Annual administration report of the Civil Veterinary Department of India - 1904-1905
Year: 1904
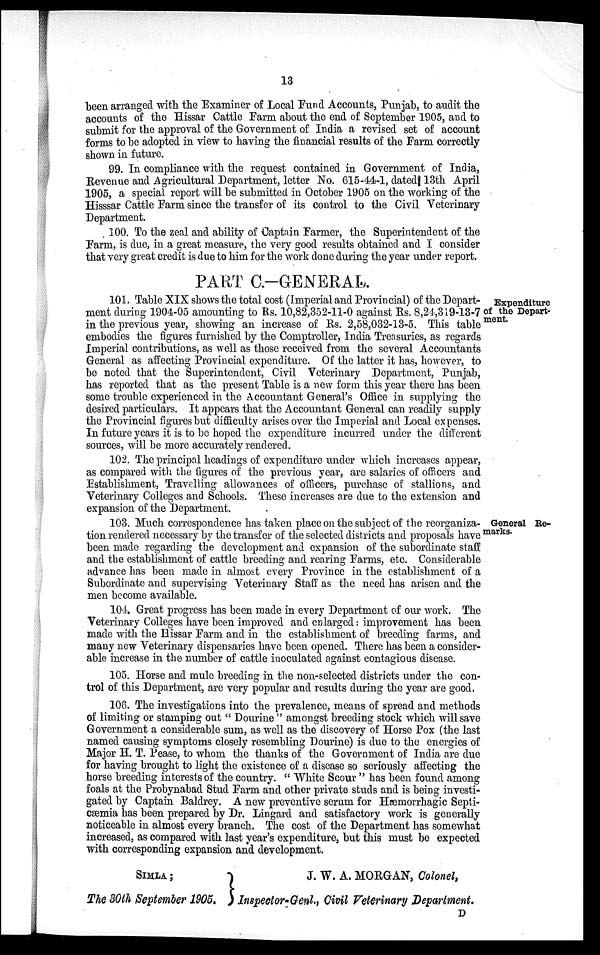
13
been arranged with the Examiner of Local Fund Accounts, Punjab, to audit the
accounts of the Hissar Cattle Farm about the end of September 1905, and to
submit for the approval of the Government of India a revised set of account
forms to be adopted in view to having the financial results of the Farm correctly
shown in future.
99. In compliance with the request contained in Government of India,
Revenue and Agricultural Department, letter No. 615-44-1, dated 13th April
1905, a special report will be submitted in October 1905 on the working of the
Hisssar Cattle Farm since the transfer of its control to the Civil Veterinary
Department.
100. To the zeal and ability of Captain Farmer, the Superintendent of the
Farm, is due, in a great measure, the very good results obtained and I consider
that very great credit is due to him for the work done during the year under report.
PART C.-GENERAL.
Expenditure
of the Depart-
ment.
101. Table XIX shows the total cost (Imperial and Provincial) of the Depart-
ment during 1904-05 amounting to Rs. 10,82,352-11-0 against Rs. 8,24,319-13-7
in the previous year, showing an increase of Rs. 2,58,032-13-5. This table
embodies the figures furnished by the Comptroller, India Treasuries, as regards
Imperial contributions, as well as those received from the several Accountants
General as affecting Provincial expenditure. Of the latter it has, however, to
be noted that the Superintendent, Civil Veterinary Department, Punjab,
has reported that as the present Table is a new form this year there has been
some trouble experienced in the Accountant General's Office in supplying the
desired particulars. It appears that the Accountant General can readily supply
the Provincial figures but difficulty arises over the Imperial and Local expenses.
In future years it is to be hoped the expenditure incurred under the different
sources, will be more accurately rendered.
102. The principal headings of expenditure under which increases appear,
as compared with the figures of the previous year, are salaries of officers and
Establishment, Travelling allowances of officers, purchase of stallions, and
Veterinary Colleges and Schools. These increases are due to the extension and
expansion of the Department.
General Re-
marks.
103. Much correspondence has taken place on the subject of the reorganiza-
tion rendered necessary by the transfer of the selected districts and proposals have
been made regarding the development and expansion of the subordinate staff
and the establishment of cattle breeding and rearing Farms, etc. Considerable
advance has been made in almost every Province in the establishment of a
Subordinate and supervising Veterinary Staff as the need has arisen and the
men become available.
104. Great progress has been made in every Department of our work. The
Veterinary Colleges have been improved and enlarged: improvement has been
made with the Hissar Farm and in the establishment of breeding farms, and
many new Veterinary dispensaries have been opened. There has been a consider-
able increase in the number of cattle inoculated against contagious disease.
105. Horse and mule breeding in the non-selected districts under the con-
trol of this Department, are very popular and results during the year are good.
106. The investigations into the prevalence, means of spread and methods
of limiting or stamping out " Dourine " amongst breeding stock which will save
Government a considerable sum, as well as the discovery of Horse Pox (the last
named causing symptoms closely resembling Dourine) is due to the energies of
Major H. T. Pease, to whom the thanks of the Government of India are due
for having brought to light the existence of a disease so seriously affecting the
horse breeding interests of the country. " White Scour " has been found among
foals at the Probynabad Stud Farm and other private studs and is being investi-
gated by Captain Baldrey. A new preventive serum for Hæmorrhagic Septi-
cæmia has been prepared by Dr. Lingard and satisfactory work is generally
noticeable in almost every branch. The cost of the Department has somewhat
increased, as compared with last year's expenditure, but this must be expected
with corresponding expansion and development.
SIMLA ;
The 30th September 1905.
J. W. A. MORGAN, Colonel,
Inspector-Genl., Civil Veterinary Department.
D